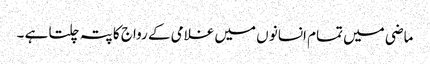
ماضی میں تمام انسانو ں میں غلامی کے رواج کا پتہ چلتا ہے ۔